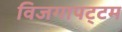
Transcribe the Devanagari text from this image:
विजगापट्‌टम